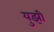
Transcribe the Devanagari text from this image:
युझी